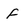
Character: f